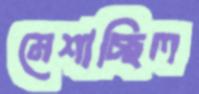
মেশাচ্ছিল